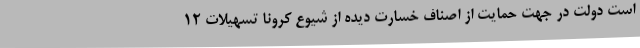
است دولت در جهت حمایت از اصناف خسارت دیده از شیوع کرونا تسهیلات 12